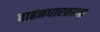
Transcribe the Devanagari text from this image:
वाहनधारकाला